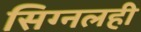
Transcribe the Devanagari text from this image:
सिग्नलही